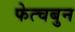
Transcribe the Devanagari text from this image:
फेत्चबुन